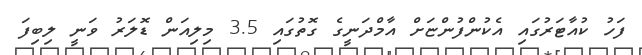
ފަހު ކުއާޓަރުގައި އެކުންފުންޏަށް އާމްދަނީގެ ގޮތުގައި 3.5 މިލިއަން ޑޮލަރު ވަނީ ލިބިފަ